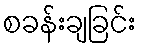
စခန်းချခြင်း